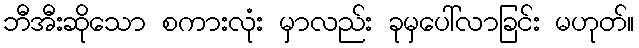
ဘီအီးဆိုသော စကားလုံး မှာလည်း ခုမှပေါ်လာခြင်း မဟုတ်။